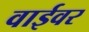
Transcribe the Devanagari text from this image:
वाईवर